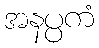
အနပ္ပကံ